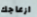
ازعاجك